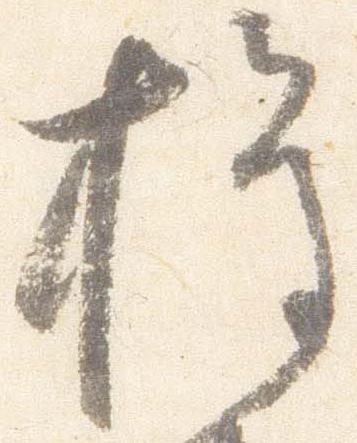
権